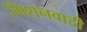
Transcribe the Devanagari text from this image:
मिशनवादी